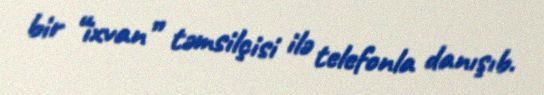
bir “ixvan” təmsilçisi ilə telefonla danışıb.